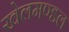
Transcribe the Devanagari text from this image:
खेलमण्डल